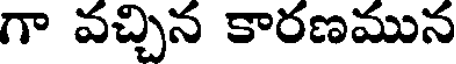
గా వచ్చిన కారణమున